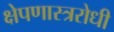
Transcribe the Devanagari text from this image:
क्षेपणास्त्ररोधी